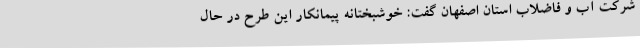
شرکت آب و فاضلاب استان اصفهان گفت: خوشبختانه پیمانکار این طرح در حال